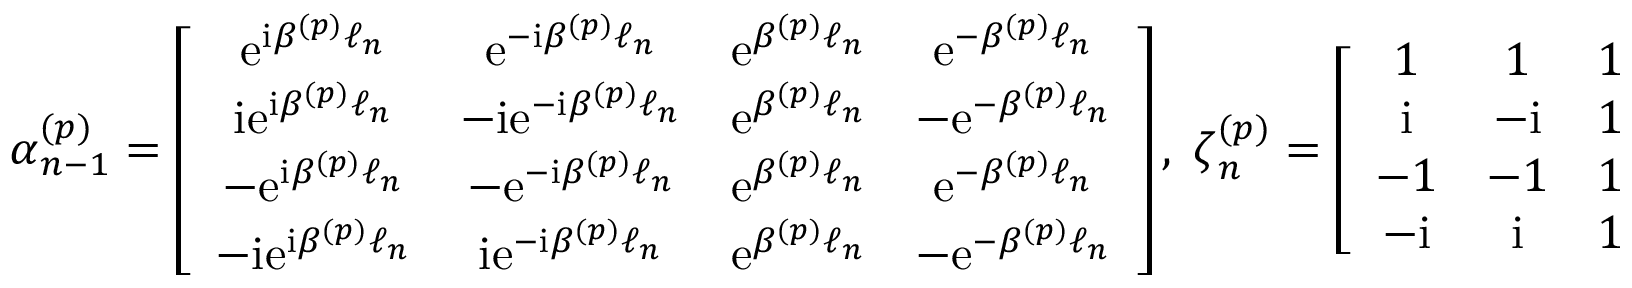
\boldsymbol \alpha _ { n - 1 } ^ { ( p ) } = \left[ \begin{array} { c c c c } { \mathrm { e } ^ { \mathrm { i } \beta ^ { ( p ) } \ell _ { n } } } & { \mathrm { e } ^ { - \mathrm { i } \beta ^ { ( p ) } \ell _ { n } } } & { \mathrm { e } ^ { \beta ^ { ( p ) } \ell _ { n } } } & { \mathrm { e } ^ { - \beta ^ { ( p ) } \ell _ { n } } } \\ { \mathrm { i } \mathrm { e } ^ { \mathrm { i } \beta ^ { ( p ) } \ell _ { n } } } & { - \mathrm { i } \mathrm { e } ^ { - \mathrm { i } \beta ^ { ( p ) } \ell _ { n } } } & { \mathrm { e } ^ { \beta ^ { ( p ) } \ell _ { n } } } & { - \mathrm { e } ^ { - \beta ^ { ( p ) } \ell _ { n } } } \\ { - \mathrm { e } ^ { \mathrm { i } \beta ^ { ( p ) } \ell _ { n } } } & { - \mathrm { e } ^ { - \mathrm { i } \beta ^ { ( p ) } \ell _ { n } } } & { \mathrm { e } ^ { \beta ^ { ( p ) } \ell _ { n } } } & { \mathrm { e } ^ { - \beta ^ { ( p ) } \ell _ { n } } } \\ { - \mathrm { i } \mathrm { e } ^ { \mathrm { i } \beta ^ { ( p ) } \ell _ { n } } } & { \mathrm { i } \mathrm { e } ^ { - \mathrm { i } \beta ^ { ( p ) } \ell _ { n } } } & { \mathrm { e } ^ { \beta ^ { ( p ) } \ell _ { n } } } & { - \mathrm { e } ^ { - \beta ^ { ( p ) } \ell _ { n } } } \end{array} \right] , \; \boldsymbol \zeta _ { n } ^ { ( p ) } = \left[ \begin{array} { c c c c } { 1 } & { 1 } & { 1 } & { 1 } \\ { \mathrm { i } } & { - \mathrm { i } } & { 1 } & { - 1 } \\ { - 1 } & { - 1 } & { 1 } & { 1 } \\ { - \mathrm { i } } & { \mathrm { i } } & { 1 } & { - 1 } \end{array} \right] , \; \boldsymbol \gamma _ { n } ^ { ( p ) } = \left[ \begin{array} { c } { 0 } \\ { 0 } \\ { 0 } \\ { \hat { F } _ { n } ^ { ( p ) } \chi ^ { ( p ) } } \end{array} \right] ,